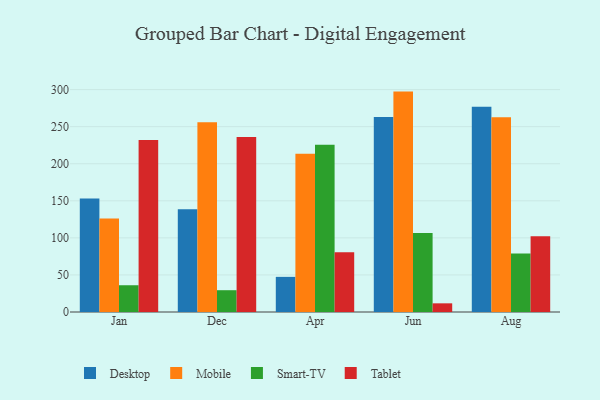
{"axis": {"x": "Month", "y": "Production Output"}, "legend": ["Desktop", "Mobile", "Smart-TV", "Tablet"], "data": [{"x": "Jan", "y": 153.2, "type": "Desktop"}, {"x": "Jan", "y": 126.0, "type": "Mobile"}, {"x": "Jan", "y": 36.1, "type": "Smart-TV"}, {"x": "Jan", "y": 232.0, "type": "Tablet"}, {"x": "Dec", "y": 138.5, "type": "Desktop"}, {"x": "Dec", "y": 256.1, "type": "Mobile"}, {"x": "Dec", "y": 29.4, "type": "Smart-TV"}, {"x": "Dec", "y": 235.9, "type": "Tablet"}, {"x": "Apr", "y": 47.4, "type": "Desktop"}, {"x": "Apr", "y": 213.3, "type": "Mobile"}, {"x": "Apr", "y": 225.6, "type": "Smart-TV"}, {"x": "Apr", "y": 80.5, "type": "Tablet"}, {"x": "Jun", "y": 263.1, "type": "Desktop"}, {"x": "Jun", "y": 297.3, "type": "Mobile"}, {"x": "Jun", "y": 106.7, "type": "Smart-TV"}, {"x": "Jun", "y": 11.7, "type": "Tablet"}, {"x": "Aug", "y": 276.7, "type": "Desktop"}, {"x": "Aug", "y": 262.8, "type": "Mobile"}, {"x": "Aug", "y": 78.9, "type": "Smart-TV"}, {"x": "Aug", "y": 102.2, "type": "Tablet"}]}